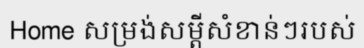
Home សម្រង់សម្តីសំខាន់ៗរបស់